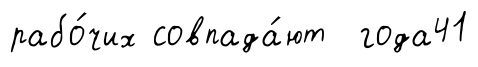
рабо́чих совпада́ют года41